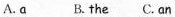
A.a B. the C.an